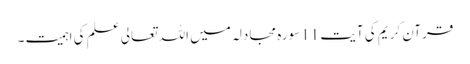
قرآن کریم کی آیت 11سورہ مجادلہ میں اللہ تعالی علم کی اہمیت ۔